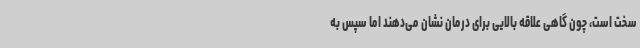
سخت است، چون گاهی علاقه بالایی برای درمان نشان می‌دهند اما سپس به